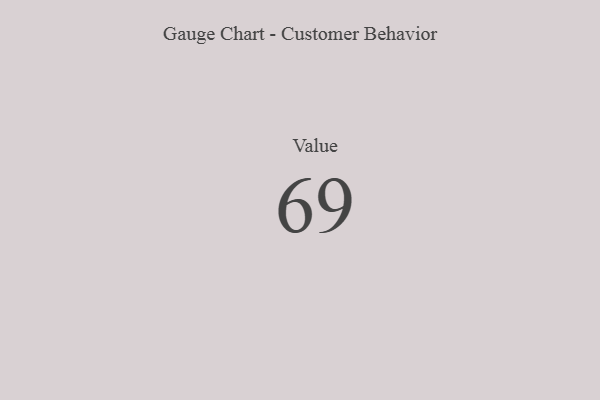
{"axis": {"x": "Metric", "y": "Value"}, "legend": [""], "data": [{"x": "Value", "y": 69, "type": ""}]}